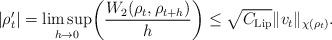
LaTeX: \begin{align*} |\rho'_t|= \limsup_{h\to 0} \biggl(\frac{W_2(\rho_{t},\rho_{t+h})}{h}\biggr) \le \sqrt{C_{\rm Lip}}\|v_t\|_{\chi(\rho_t)}.\end{align*}